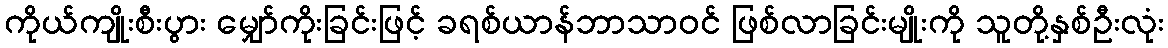
ကိုယ်ကျိုးစီးပွား မျှော်ကိုးခြင်းဖြင့် ခရစ်ယာန်ဘာသာဝင် ဖြစ်လာခြင်းမျိုးကို သူတို့နှစ်ဦးလုံး